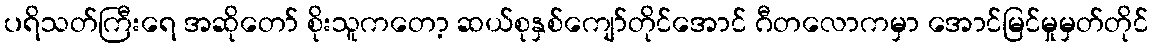
ပရိသတ်ကြီးရေ အဆိုတော် စိုးသူကတော့ ဆယ်စုနှစ်ကျော်တိုင်အောင် ဂီတလောကမှာ အောင်မြင်မှုမှတ်တိုင်